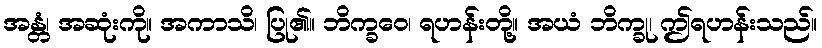
အန္တံ၊ အဆုံးကို။ အကာသိ၊ ပြု၏။ ဘိက္ခဝေ၊ ရဟန်းတို့။ အယံ ဘိက္ခု၊ ဤရဟန်းသည်။